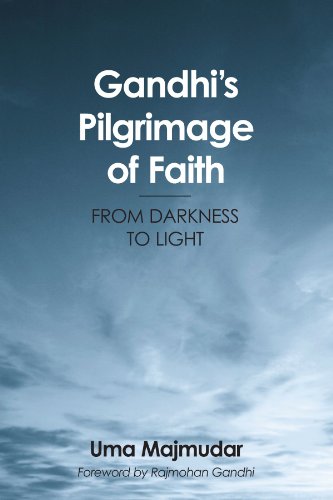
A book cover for Gandhi's Pilgrimage Of Faith: From Darkness To Light; Uma Majmudar; Religion & Spirituality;